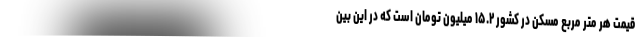
قیمت هر متر مربع مسکن در کشور ۱۵.۲ میلیون تومان است که در این بین